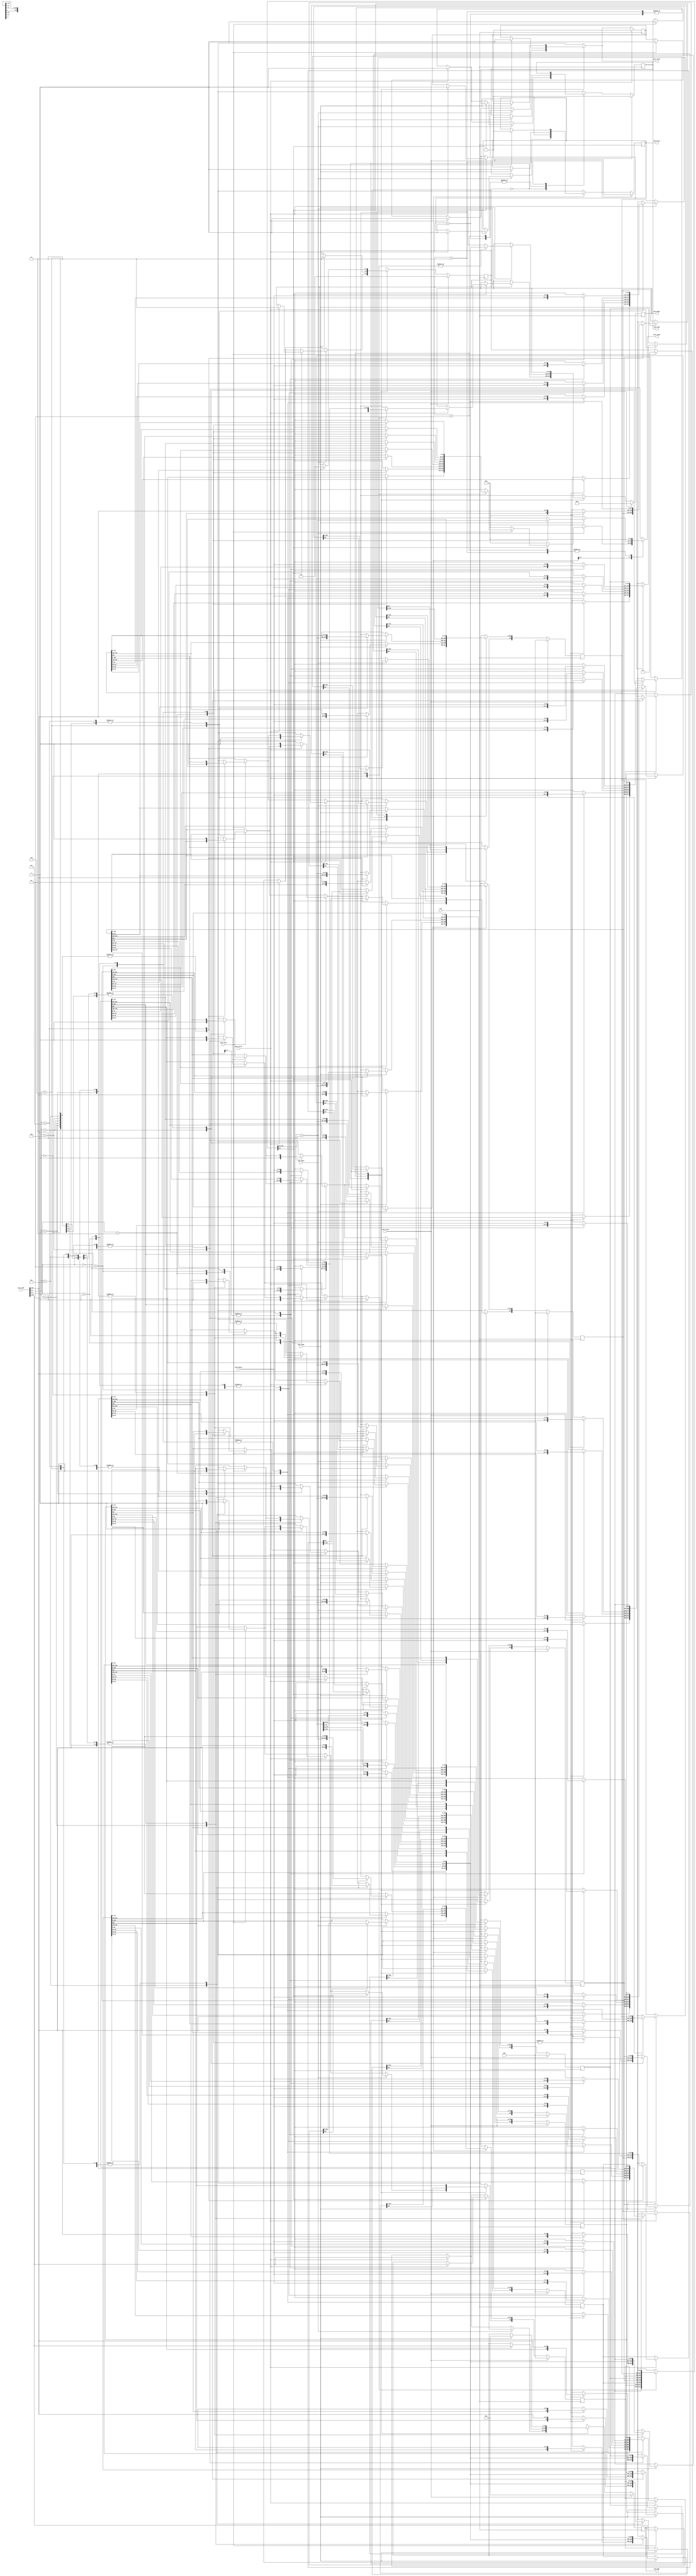
module cache(
    clk,
    proc_reset,
    proc_read,
    proc_write,
    proc_addr,
    proc_rdata,
    proc_wdata,
    proc_stall,
    mem_read,
    mem_write,
    mem_addr,
    mem_rdata,
    mem_wdata,
    mem_ready
);
    
//==== input/output definition ============================
    input          clk;
    // processor interface
    input          proc_reset;
    input          proc_read, proc_write;
    input   [29:0] proc_addr;
    input   [31:0] proc_wdata;
    output         proc_stall;
    output  [31:0] proc_rdata;
    // memory interface
    input  [127:0] mem_rdata;
    input          mem_ready;
    output         mem_read, mem_write;
    output  [27:0] mem_addr;
    output [127:0] mem_wdata;
//====parameters   ========================================
    localparam IDLE = 2'd0;
    localparam READ_STALL = 2'd1;
    localparam WRITE_STALL_READ = 2'd2;
    localparam WRITE_STALL_WRITE = 2'd3;
//==== wire/reg definition ================================
    //state reg
    reg [1:0] state_r, state_w;
    //cache reg 8 x (25+ 32x4) = 8 x 153
    reg [153:0] cache_r[0:7] ,cache_w[0:7]; //format: v/tag/word3/word2/word1/word0
    //output reg
    reg proc_stall_r, proc_stall_w;
    reg [31:0] proc_rdata; 

    reg mem_read_r, mem_read_w;
    reg mem_write_r, mem_write_w;
    reg [27:0] mem_addr_r, mem_addr_w;
    reg [127:0] mem_wdata_r, mem_wdata_w;
    //index tag wire                                     //can be spare for area 
    wire [2:0] index;
    wire [24:0] tag, tag_in_cache;
    wire valid_in_cache;

//==== Assignment =========================================
    //assign tag data1 data2 data3 data4                //can be spare for area
    assign index            = proc_addr[4:2];           
    assign tag              = proc_addr[29:5];
    assign tag_in_cache     = cache_r[index][152:128];
    assign valid_in_cache   = cache_r[index][153];
    //output
    assign proc_stall   = proc_stall_w;
    assign mem_read     = mem_read_r;
    assign mem_write    = mem_write_r;
    assign mem_addr     = mem_addr_r;
    assign mem_wdata    = mem_wdata_r;

//==== combinational circuit ==============================
    integer idx; //for cache update
    always@(*) begin 
        state_w         = state_r;
        proc_stall_w    = proc_stall_r;
        mem_read_w      = mem_read_r;
        mem_write_w     = mem_write_r;
        mem_addr_w      = mem_addr_r;
        mem_wdata_w     = mem_wdata_r;
        proc_rdata      = 32'd0;
        for(idx = 0; idx <= 7; idx = idx+1) begin
             cache_w[idx] = cache_r[idx];
        end

        case(state_r)
        IDLE:
        begin
            if(tag == tag_in_cache) begin
                if(valid_in_cache) begin
                    if(proc_read) begin  // read hit
                        case(proc_addr[4:2]) //index
                            3'd0:
                            begin
                                case(proc_addr[1:0]) 
                                    2'd3: proc_rdata = cache_r[0][127:96]; //word0
                                    2'd2: proc_rdata = cache_r[0][95:64];  //word1 
                                    2'd1: proc_rdata = cache_r[0][63:32];  //word2
                                    2'd0: proc_rdata = cache_r[0][31:0];   //word3
                                    default: proc_rdata = 32'd0;
                                endcase
                            end
                            3'd1:
                            begin
                                case(proc_addr[1:0]) 
                                    2'd3: proc_rdata = cache_r[1][127:96]; //word0
                                    2'd2: proc_rdata = cache_r[1][95:64];  //word1 
                                    2'd1: proc_rdata = cache_r[1][63:32];  //word2
                                    2'd0: proc_rdata = cache_r[1][31:0];   //word3
                                    default: proc_rdata = 32'd0;
                                endcase
                            end
                            3'd2:
                            begin
                                case(proc_addr[1:0]) 
                                    2'd3: proc_rdata = cache_r[2][127:96]; //word0
                                    2'd2: proc_rdata = cache_r[2][95:64];  //word1 
                                    2'd1: proc_rdata = cache_r[2][63:32];  //word2
                                    2'd0: proc_rdata = cache_r[2][31:0];   //word3
                                    default: proc_rdata = 32'd0;
                                endcase
                            end
                            3'd3:
                            begin
                                case(proc_addr[1:0]) 
                                    2'd3: proc_rdata = cache_r[3][127:96]; //word0
                                    2'd2: proc_rdata = cache_r[3][95:64];  //word1 
                                    2'd1: proc_rdata = cache_r[3][63:32];  //word2
                                    2'd0: proc_rdata = cache_r[3][31:0];   //word3
                                    default: proc_rdata = 32'd0;
                                endcase
                            end
                            3'd4:
                            begin
                                case(proc_addr[1:0]) 
                                    2'd3: proc_rdata = cache_r[4][127:96]; //word0
                                    2'd2: proc_rdata = cache_r[4][95:64];  //word1 
                                    2'd1: proc_rdata = cache_r[4][63:32];  //word2
                                    2'd0: proc_rdata = cache_r[4][31:0];   //word3
                                    default: proc_rdata = 32'd0;
                                endcase
                            end
                            3'd5:
                            begin
                                case(proc_addr[1:0]) 
                                    2'd3: proc_rdata = cache_r[5][127:96]; //word0
                                    2'd2: proc_rdata = cache_r[5][95:64];  //word1 
                                    2'd1: proc_rdata = cache_r[5][63:32];  //word2
                                    2'd0: proc_rdata = cache_r[5][31:0];   //word3
                                    default: proc_rdata = 32'd0;
                                endcase
                            end
                            3'd6:
                            begin
                                case(proc_addr[1:0]) 
                                    2'd3: proc_rdata = cache_r[6][127:96]; //word0
                                    2'd2: proc_rdata = cache_r[6][95:64];  //word1 
                                    2'd1: proc_rdata = cache_r[6][63:32];  //word2
                                    2'd0: proc_rdata = cache_r[6][31:0];   //word3
                                    default: proc_rdata = 32'd0;
                                endcase
                            end
                            3'd7:
                            begin
                                case(proc_addr[1:0]) 
                                    2'd3: proc_rdata = cache_r[7][127:96]; //word0
                                    2'd2: proc_rdata = cache_r[7][95:64];  //word1 
                                    2'd1: proc_rdata = cache_r[7][63:32];  //word2
                                    2'd0: proc_rdata = cache_r[7][31:0];   //word3
                                    default: proc_rdata = 32'd0;
                                endcase
                            end
                            default:
                            begin
                                proc_rdata = 32'd0;
                            end
                        endcase
                    end
                    if(proc_write) begin //write hit
                        state_w = WRITE_STALL_WRITE;
                        //update data in cache
                        case(proc_addr[4:2]) //index
                            3'd0:
                            begin
                                case(proc_addr[1:0])
                                    2'd3: cache_w[0][127:96]= proc_wdata;
                                    2'd2: cache_w[0][95:64] = proc_wdata; 
                                    2'd1: cache_w[0][63:32] = proc_wdata;
                                    2'd0: cache_w[0][31:0]  = proc_wdata;
                                    default: cache_w[0]     = cache_r[0];
                                endcase
                                mem_wdata_w     = cache_w[0][127:0];
                            end
                            3'd1:
                            begin
                                case(proc_addr[1:0])
                                    2'd3: cache_w[1][127:96]= proc_wdata;
                                    2'd2: cache_w[1][95:64] = proc_wdata; 
                                    2'd1: cache_w[1][63:32] = proc_wdata;
                                    2'd0: cache_w[1][31:0]  = proc_wdata;
                                    default: cache_w[1]     = cache_r[1];
                                endcase
                                mem_wdata_w     = cache_w[1][127:0];
                            end
                            3'd2:
                            begin
                                case(proc_addr[1:0])
                                    2'd3: cache_w[2][127:96]= proc_wdata;
                                    2'd2: cache_w[2][95:64] = proc_wdata; 
                                    2'd1: cache_w[2][63:32] = proc_wdata;
                                    2'd0: cache_w[2][31:0]  = proc_wdata;
                                    default: cache_w[2]     = cache_r[2];
                                endcase
                                mem_wdata_w     = cache_w[2][127:0];
                            end
                            3'd3:
                            begin
                                case(proc_addr[1:0])
                                    2'd3: cache_w[3][127:96]= proc_wdata;
                                    2'd2: cache_w[3][95:64] = proc_wdata; 
                                    2'd1: cache_w[3][63:32] = proc_wdata;
                                    2'd0: cache_w[3][31:0]  = proc_wdata;
                                    default: cache_w[3]     = cache_r[3];
                                endcase
                                mem_wdata_w     = cache_w[3][127:0];
                            end
                            3'd4:
                            begin
                                case(proc_addr[1:0])
                                    2'd3: cache_w[4][127:96]= proc_wdata;
                                    2'd2: cache_w[4][95:64] = proc_wdata; 
                                    2'd1: cache_w[4][63:32] = proc_wdata;
                                    2'd0: cache_w[4][31:0]  = proc_wdata;
                                    default: cache_w[4]     = cache_r[4];
                                endcase
                                mem_wdata_w     = cache_w[4][127:0];
                            end
                            3'd5:
                            begin
                                case(proc_addr[1:0])
                                    2'd3: cache_w[5][127:96]= proc_wdata;
                                    2'd2: cache_w[5][95:64] = proc_wdata; 
                                    2'd1: cache_w[5][63:32] = proc_wdata;
                                    2'd0: cache_w[5][31:0]  = proc_wdata;
                                    default: cache_w[5]     = cache_r[5];
                                endcase
                                mem_wdata_w     = cache_w[5][127:0];
                            end
                            3'd6:
                            begin
                                case(proc_addr[1:0])
                                    2'd3: cache_w[6][127:96]= proc_wdata;
                                    2'd2: cache_w[6][95:64] = proc_wdata; 
                                    2'd1: cache_w[6][63:32] = proc_wdata;
                                    2'd0: cache_w[6][31:0]  = proc_wdata;
                                    default: cache_w[6]     = cache_r[6];
                                endcase
                                mem_wdata_w     = cache_w[6][127:0];
                            end
                            3'd7:
                            begin
                                case(proc_addr[1:0])
                                    2'd3: cache_w[7][127:96]= proc_wdata;
                                    2'd2: cache_w[7][95:64] = proc_wdata; 
                                    2'd1: cache_w[7][63:32] = proc_wdata;
                                    2'd0: cache_w[7][31:0]  = proc_wdata;
                                    default: cache_w[7]     = cache_r[7];
                                endcase
                                mem_wdata_w     = cache_w[7][127:0];
                            end
                            default:
                            begin
                                cache_w[0] = cache_r[0];
                            end
                        endcase
                        //signal to change
                        proc_stall_w    = 1'd1;
                        mem_write_w     = 1'd1;
                        mem_addr_w      = proc_addr[29:2];
                        // mem_wdata_w     = cache_w[index][127:0];
                    end
                end
                else begin              //not valid       
                    if(proc_read) begin
                        state_w         = READ_STALL;
                        proc_stall_w    = 1'd1;
                        mem_read_w      = 1'd1;
                        mem_addr_w      = proc_addr[29:2];
                        //update valid bit
                        cache_w[index][153] = 1'd1;
                    end
                    if(proc_write) begin 
                        state_w = WRITE_STALL_READ;
                        proc_stall_w    = 1'd1;
                        mem_read_w      = 1'd1;
                        mem_addr_w      = proc_addr[29:2];
                        //update valid bit
                        cache_w[index][153] = 1'd1;
                    end
                end
            end
            else begin
                if(proc_read) begin
                    state_w         = READ_STALL;
                    proc_stall_w    = 1'd1;
                    mem_read_w      = 1'd1;
                    mem_addr_w      = proc_addr[29:2];
                    //update valid bit
                    cache_w[index][153] = 1'd1;
                end
                if(proc_write) begin 
                    state_w         = WRITE_STALL_READ;
                    proc_stall_w    = 1'd1;
                    mem_read_w      = 1'd1;
                    mem_addr_w      = proc_addr[29:2];
                    //update valid bit
                    cache_w[index][153] = 1'd1;
                end
            end
        end
        READ_STALL:
        begin
            if(mem_ready) begin
                state_w                 = IDLE;
                proc_stall_w            = 1'd0;
                mem_read_w              = 1'd0;
                mem_addr_w              = 28'd0;
                cache_w[index][152:128] = tag;      //update tag
                cache_w[index][127:0]   = mem_rdata;//update data
                //read data output
                case(proc_addr[1:0])
                    2'd3: proc_rdata = mem_rdata[127:96]; //word0
                    2'd2: proc_rdata = mem_rdata[95:64];  //word1 
                    2'd1: proc_rdata = mem_rdata[63:32];  //word2
                    2'd0: proc_rdata = mem_rdata[31:0];   //word3
                    default: proc_rdata = 32'd0;
                endcase
            end
        end
        WRITE_STALL_READ:
        begin
            if(mem_ready) begin
                state_w = WRITE_STALL_WRITE;
                //write hit
                case(proc_addr[4:2]) //index
                    3'd0:
                    begin
                        cache_w[0][152:128] = tag;
                        cache_w[0][127:0] = mem_rdata;
                        case(proc_addr[1:0])
                            2'd3: cache_w[0][127:96]= proc_wdata;
                            2'd2: cache_w[0][95:64] = proc_wdata; 
                            2'd1: cache_w[0][63:32] = proc_wdata;
                            2'd0: cache_w[0][31:0]  = proc_wdata;
                            default: cache_w[0]     = cache_r[0];
                        endcase
                        mem_wdata_w = cache_w[0][127:0];
                    end
                    3'd1:
                    begin
                        cache_w[1][152:128] = tag;
                        cache_w[1][127:0] = mem_rdata;
                        case(proc_addr[1:0])
                            2'd3: cache_w[1][127:96]= proc_wdata;
                            2'd2: cache_w[1][95:64] = proc_wdata; 
                            2'd1: cache_w[1][63:32] = proc_wdata;
                            2'd0: cache_w[1][31:0]  = proc_wdata;
                            default: cache_w[1]     = cache_r[1];
                        endcase
                        mem_wdata_w = cache_w[1][127:0];
                    end
                    3'd2:
                    begin
                        cache_w[2][152:128] = tag;
                        cache_w[2][127:0] = mem_rdata;
                        case(proc_addr[1:0])
                            2'd3: cache_w[2][127:96]= proc_wdata;
                            2'd2: cache_w[2][95:64] = proc_wdata; 
                            2'd1: cache_w[2][63:32] = proc_wdata;
                            2'd0: cache_w[2][31:0]  = proc_wdata;
                            default: cache_w[2]     = cache_r[2];
                        endcase
                        mem_wdata_w = cache_w[2][127:0];
                    end
                    3'd3:
                    begin
                        cache_w[3][152:128] = tag;
                        cache_w[3][127:0] = mem_rdata;
                        case(proc_addr[1:0])
                            2'd3: cache_w[3][127:96]= proc_wdata;
                            2'd2: cache_w[3][95:64] = proc_wdata; 
                            2'd1: cache_w[3][63:32] = proc_wdata;
                            2'd0: cache_w[3][31:0]  = proc_wdata;
                            default: cache_w[3]     = cache_r[3];
                        endcase
                        mem_wdata_w = cache_w[3][127:0];
                    end
                    3'd4:
                    begin
                        cache_w[4][152:128] = tag;
                        cache_w[4][127:0] = mem_rdata;
                        case(proc_addr[1:0])
                            2'd3: cache_w[4][127:96]= proc_wdata;
                            2'd2: cache_w[4][95:64] = proc_wdata; 
                            2'd1: cache_w[4][63:32] = proc_wdata;
                            2'd0: cache_w[4][31:0]  = proc_wdata;
                            default: cache_w[4]     = cache_r[4];
                        endcase
                        mem_wdata_w = cache_w[4][127:0];
                    end
                    3'd5:
                    begin
                        cache_w[5][152:128] = tag;
                        cache_w[5][127:0] = mem_rdata;
                        case(proc_addr[1:0])
                            2'd3: cache_w[5][127:96]= proc_wdata;
                            2'd2: cache_w[5][95:64] = proc_wdata; 
                            2'd1: cache_w[5][63:32] = proc_wdata;
                            2'd0: cache_w[5][31:0]  = proc_wdata;
                            default: cache_w[5]     = cache_r[5];
                        endcase
                        mem_wdata_w = cache_w[5][127:0];
                    end
                    3'd6:
                    begin
                        cache_w[6][152:128] = tag;
                        cache_w[6][127:0] = mem_rdata;
                        case(proc_addr[1:0])
                            2'd3: cache_w[6][127:96]= proc_wdata;
                            2'd2: cache_w[6][95:64] = proc_wdata; 
                            2'd1: cache_w[6][63:32] = proc_wdata;
                            2'd0: cache_w[6][31:0]  = proc_wdata;
                            default: cache_w[6]     = cache_r[6];
                        endcase
                        mem_wdata_w = cache_w[6][127:0];
                    end
                    3'd7:
                    begin
                        cache_w[7][152:128] = tag;
                        cache_w[7][127:0] = mem_rdata;
                        case(proc_addr[1:0])
                            2'd3: cache_w[7][127:96]= proc_wdata;
                            2'd2: cache_w[7][95:64] = proc_wdata; 
                            2'd1: cache_w[7][63:32] = proc_wdata;
                            2'd0: cache_w[7][31:0]  = proc_wdata;
                            default: cache_w[7]     = cache_r[7];
                        endcase
                        mem_wdata_w = cache_w[7][127:0];
                    end
                    default:
                    begin
                        cache_w[0] = cache_r[0];
                    end
                endcase
                //signal to change
                proc_stall_w = 1'd1;
                mem_read_w = 1'd0;
                mem_write_w = 1'd1;
                mem_addr_w = proc_addr[29:2];
            end
        end
        WRITE_STALL_WRITE: 
        begin
            if(mem_ready) begin
                state_w         = IDLE;
                proc_stall_w    = 1'd0;
                mem_write_w     = 1'd0;
                mem_addr_w      = 28'd0;
            end
        end
        default:
        begin
            state_w         = state_r;
            proc_stall_w    = proc_stall_r;
            mem_read_w      = mem_read_r;
            mem_write_w     = mem_write_r;
            mem_addr_w      = mem_addr_r;
            mem_wdata_w     = mem_wdata_r;
            for(idx = 0; idx <= 7; idx = idx+1) begin
                 cache_w[idx] = cache_r[idx];
            end
        end
        endcase
    end
//==== sequential circuit =================================
integer i;
always@( posedge clk ) begin
    if( proc_reset ) begin
        for(i = 0; i<=7; i = i+1) begin
            cache_r[i]  <= 154'd0;
        end
        state_r         <= 2'd0;
        proc_stall_r    <= 1'd0;
        mem_read_r      <= 1'd0;
        mem_write_r     <= 1'd0;
        mem_addr_r      <= 28'd0;
        mem_wdata_r     <= 128'd0;
    end
    else begin
        for(i = 0; i<=7; i = i+1) begin
            cache_r[i]  <= cache_w[i];
        end
        state_r         <= state_w;
        proc_stall_r    <= proc_stall_w;
        mem_read_r      <= mem_read_w;
        mem_write_r     <= mem_write_w;
        mem_addr_r      <= mem_addr_w;
        mem_wdata_r     <= mem_wdata_w;
    end
end
endmodule